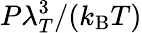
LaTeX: P\lambda_{T}^{3}/(k_{\mathrm{B}}T)